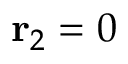
\mathbf { r } _ { 2 } = 0